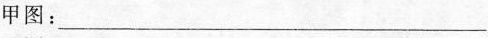
甲图：___